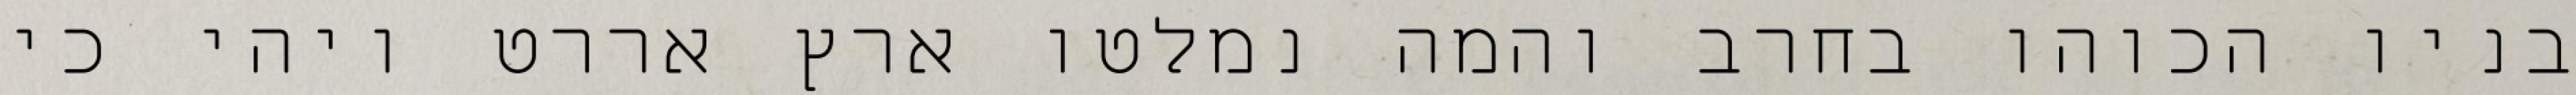
בניו הכוהו בחרב והמה נמלטו ארץ אררט ויהי כי